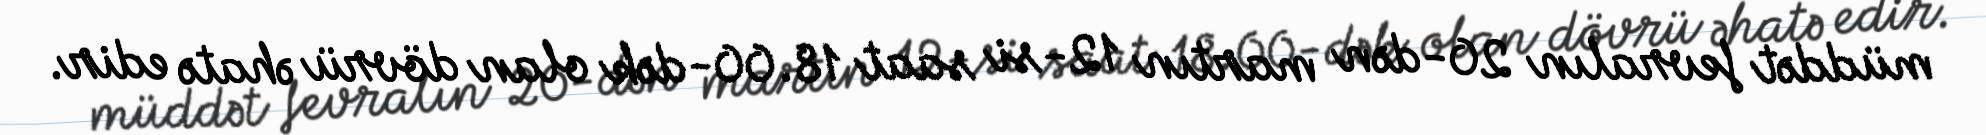
müddət fevralın 20-dən martın 12-si saat 18.00-dək olan dövrü əhatə edir.